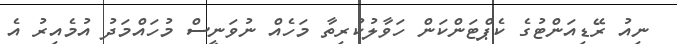
ނިއު ރޭޑިއަންޓުގެ ކެޕްޓަންކަން ހަވާލުކުރިތާ މަހެއް ނުވަނީސް މުހައްމަދު އުމެއިރު އެ